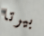
بيرتا